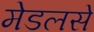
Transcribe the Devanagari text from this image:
मेडलसे